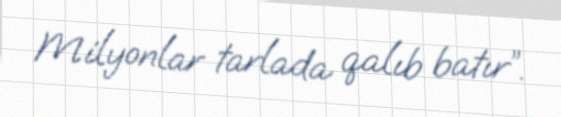
Milyonlar tarlada qalıb batır”.